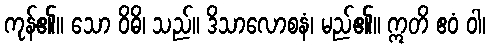
ကုန်၏။ သော ဝိဓိ၊ သည်။ ဒိသာလောစနံ၊ မည်၏။ ဣတိ ဧဝံ ဝါ၊